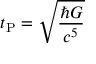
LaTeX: t _ { \mathrm { P } } = { \sqrt { \frac { \hbar G } { c ^ { 5 } } } }